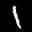
Label: 1